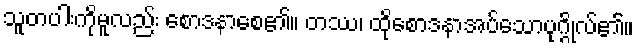
သူတပါးကိုမူလည်း စောဒနာစေ၏။ တဿ၊ ထိုစောဒနာအပ်သောပုဂ္ဂိုလ်၏။